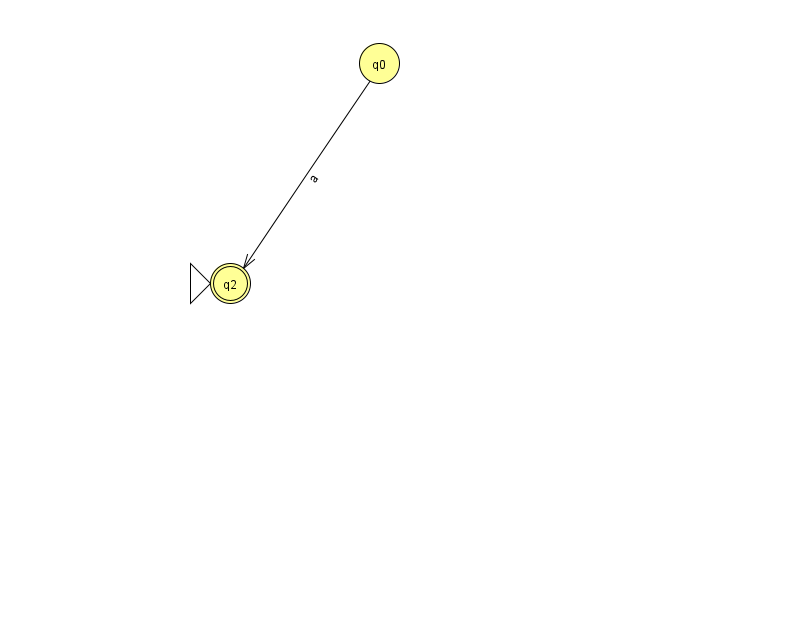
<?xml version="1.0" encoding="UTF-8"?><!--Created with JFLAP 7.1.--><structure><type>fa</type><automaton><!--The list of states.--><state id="0" name="q0"><x>379.0</x><y>50.0</y></state><state id="2" name="q2"><x>230.0</x><y>270.0</y><initial/><final/></state><!--The list of transitions.--><transition><from>0</from><to>2</to><read>a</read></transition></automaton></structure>